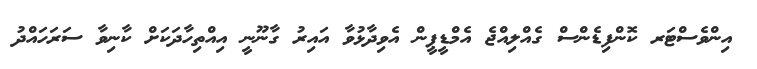
އިންވެސްޓަރ ކޮންފިޑެންސް ގެއްލިއްޖެ އެމްޑީޕީން އެވިދާޅުވާ އައިރު ގާނޫނީ އިއްތިހާދަކަށް ކާނިވާ ސަރަހައްދު